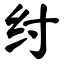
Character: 纣